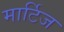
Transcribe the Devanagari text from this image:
मार्टिज